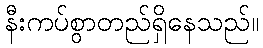
နီးကပ်စွာတည်ရှိနေသည်။